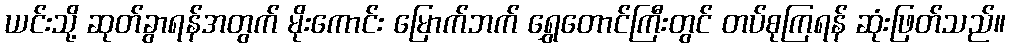
ယင်းသို့ ဆုတ်ခွာရန်အတွက် မိုးကောင်း မြောက်ဘက် ရွှေတောင်ကြီးတွင် တပ်စုကြရန် ဆုံးဖြတ်သည်။